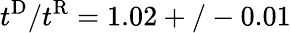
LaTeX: t^{\mathrm{{D}}}/t^{\mathrm{{R}}}=1.02+/-0.01